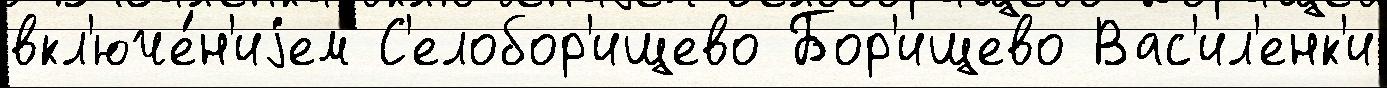
вкл'юче́н'иjем С'елобор'ищево Бор'ищево Вас'ил'енк'и